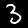
Digit: 3